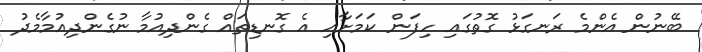
ބޭނުން އެންމެ ރަނގަޅު ގޮތުގައި ހިފަން ކަމަށާއި އެ ގޮނޑިތައް ގެންދިއުމާ ނުގެންދިއުމާމެދު